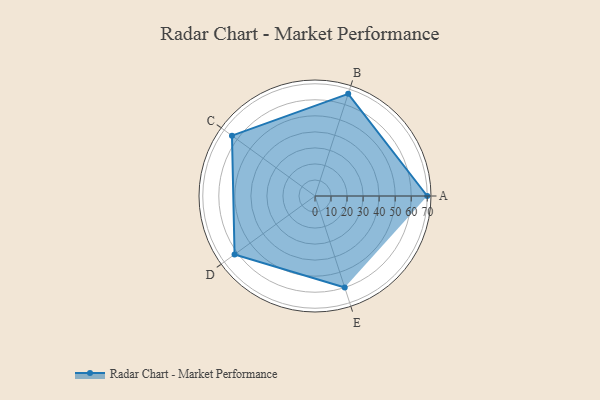
{"axis": {"x": "Skill", "y": "Score"}, "legend": ["Profile"], "data": [{"x": "A", "y": 70.0, "type": "Profile"}, {"x": "B", "y": 67.0, "type": "Profile"}, {"x": "C", "y": 64.0, "type": "Profile"}, {"x": "D", "y": 62.0, "type": "Profile"}, {"x": "E", "y": 60.0, "type": "Profile"}]}